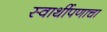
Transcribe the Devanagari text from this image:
स्वार्थीपणाचा